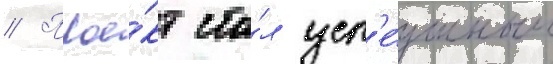
// Прое́кт ста́л усп'е́шным